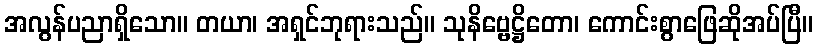
အလွန်ပညာရှိသော။ တယာ၊ အရှင်ဘုရားသည်။ သုနိဗ္ဗေဋ္ဌိတော၊ ကောင်းစွာဖြေဆိုအပ်ပြီ။